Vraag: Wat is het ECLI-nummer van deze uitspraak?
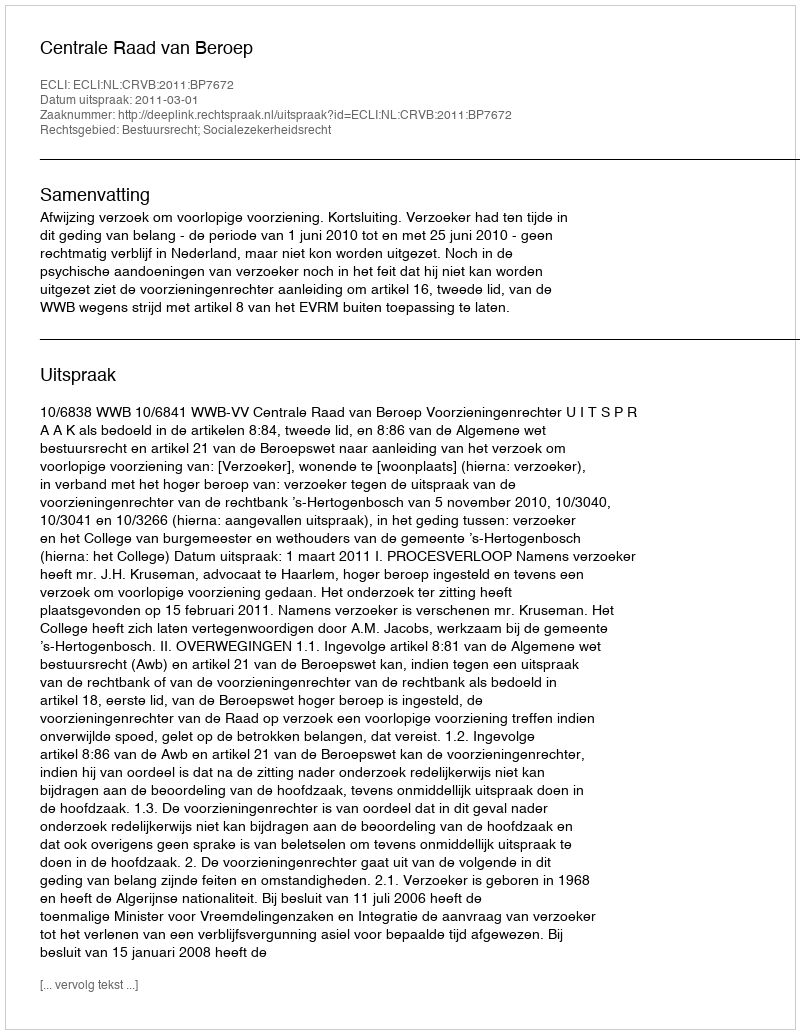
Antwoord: ECLI:NL:CRVB:2011:BP7672